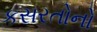
કસરતોનો